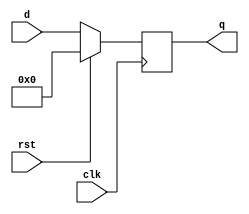
//21-bit dff with synchronous active-high reset
module dff_us(q,d,clk,rst);
	output reg [20:0] q;	
	input [20:0] d;
	input clk,rst;
	always @(posedge clk)
	begin
	if(rst)
		q <= 21'd0;
	else
		q <= d;
	end
endmodule